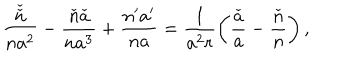
LaTeX: \frac { \check { \check { n } } } { n a ^ { 2 } } - \frac { \check { n } \check { a } } { n a ^ { 3 } } + \frac { n ^ { \prime } a ^ { \prime } } { n a } = \frac { 1 } { a ^ { 2 } r } \left( \frac { \check { a } } { a } - \frac { \check { n } } { n } \right) ,